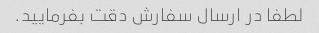
لطفا در ارسال سفارش دقت بفرمایید.